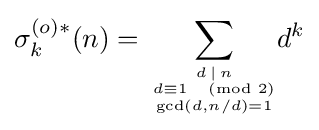
\sigma _{k}^{(o)*}(n)=\sum _{{d\,\mid \,n \atop d\equiv 1{\pmod {2}}} \atop \gcd(d,n/d)=1}\!\!d^{k}